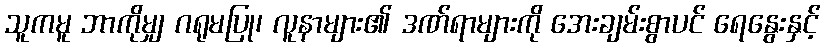
သူကမူ ဘာကိုမျှ ဂရုမပြု၊ လူနာများ၏ ဒဏ်ရာများကို အေးချမ်းစွာပင် ရေနွေးနှင့်